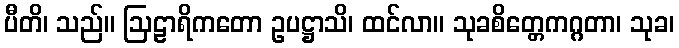
ပီတိ၊ သည်။ ဩဠာရိကတော ဥပဋ္ဌာသိ၊ ထင်လာ။ သုခစိတ္တေကဂ္ဂတာ၊ သုခ၊